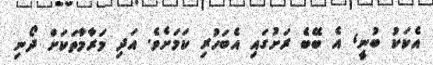
އެކަކު ބުނީ